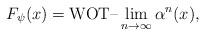
LaTeX: \begin{align*}F_\psi(x)=\operatorname{WOT--}\lim_{n\to\infty}\alpha^n(x),\end{align*}